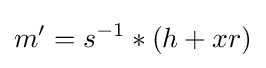
m'=s^{-1}*(h+xr)